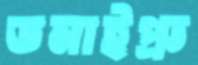
ডনাইপ্রু